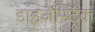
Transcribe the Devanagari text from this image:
डाइजेस्ट्रिक